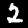
Digit: 2